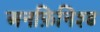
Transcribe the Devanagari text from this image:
अनफ़िनिश्ड